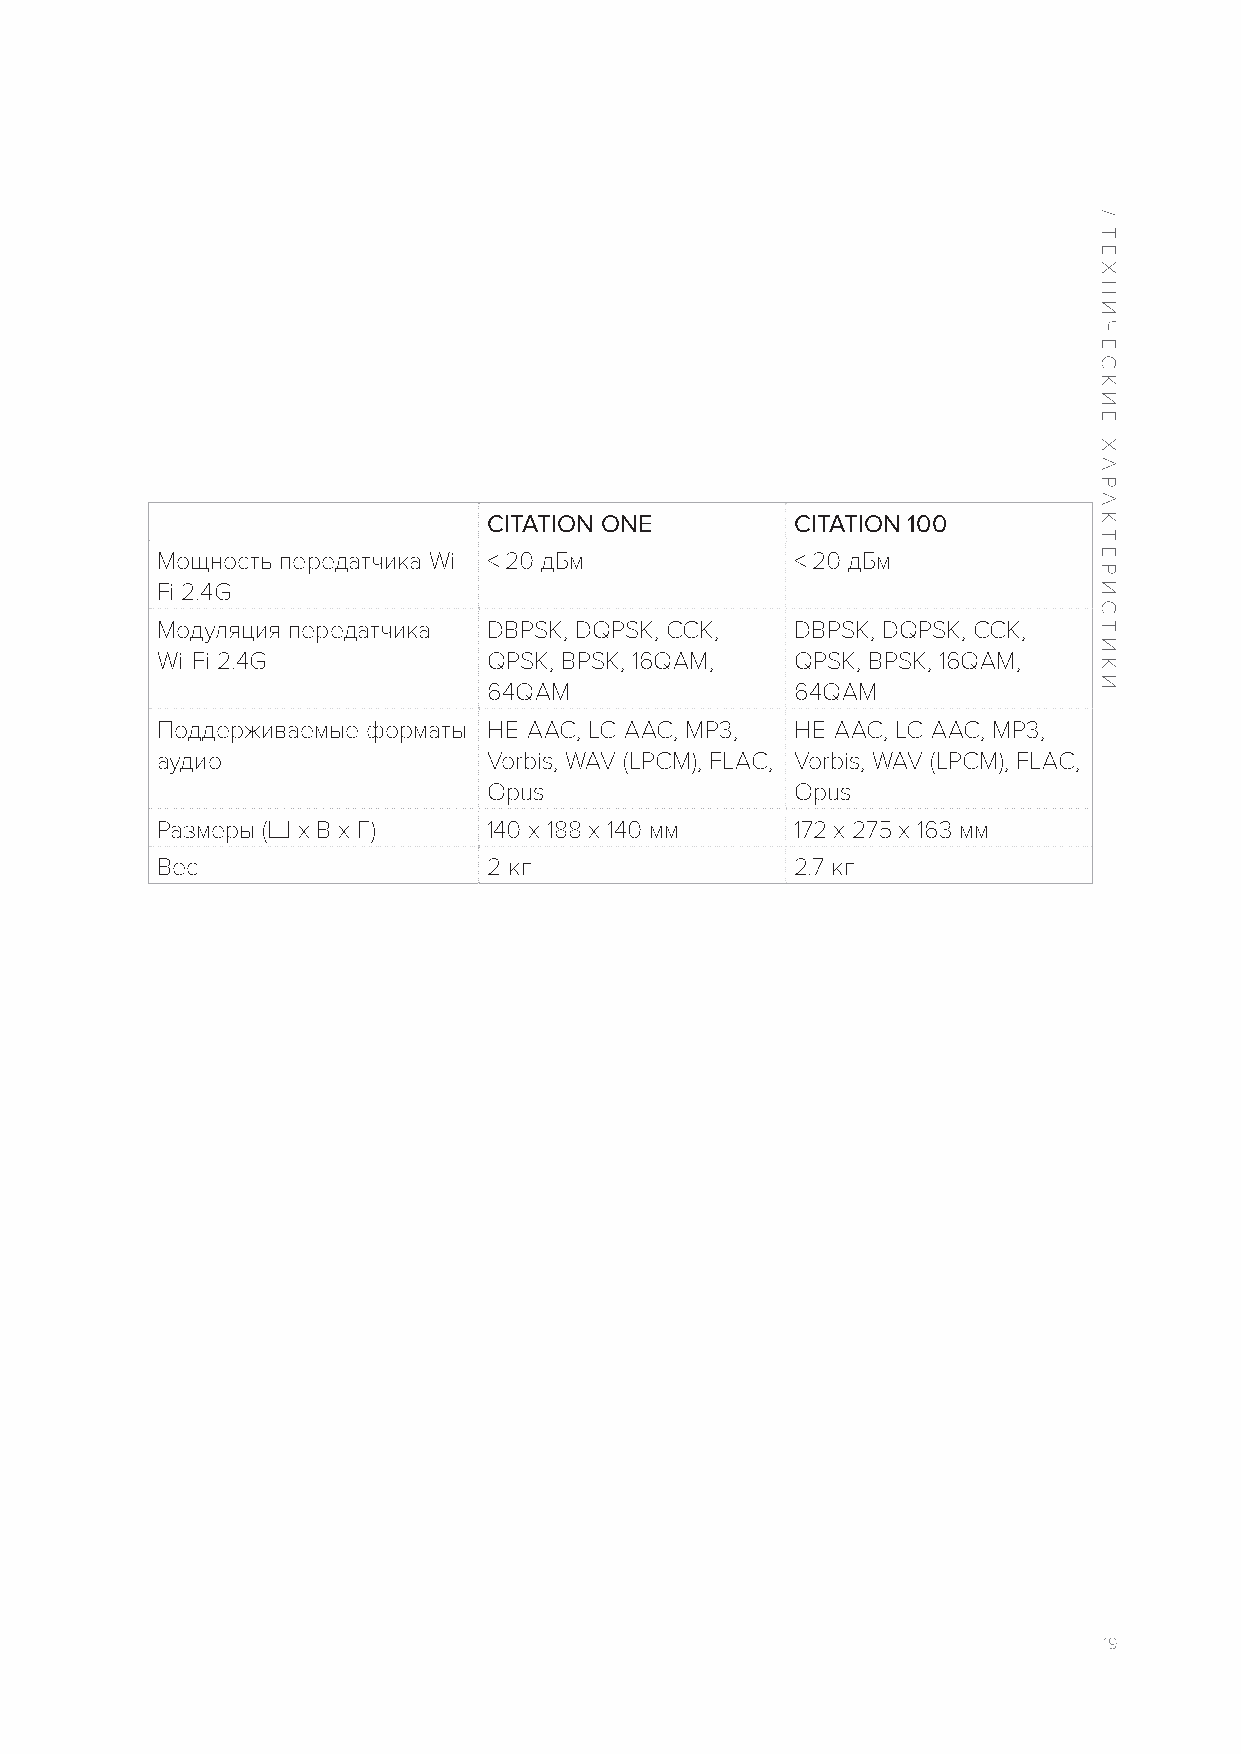
CITATION ONE         CITATION 100
 Мощность передатчика Wi- < 20 дБм          < 20 дБм
 Fi 2.4G
 Модуляция передатчика DBPSK, DQPSK, CCK,   DBPSK, DQPSK, CCK,
 Wi-Fi 2.4G            QPSK, BPSK, 16QAM,   QPSK, BPSK, 16QAM,
 64QAM                64QAM
 Поддерживаемые форматы HE-AAC, LC-AAC, MP3, HE-AAC, LC-AAC, MP3,
 аудио                 Vorbis, WAV (LPCM), FLAC, Vorbis, WAV (LPCM), FLAC,
 Opus                 Opus
 Размеры (Ш x В x Г)   140 x 188 x 140 мм   172 х 275 х 163 мм
 Вес                   2 кг                 2.7 кг
 19
 /
 ТЕХНИЧЕСКИЕ
 Х
 АРАКТЕРИСТИКИ